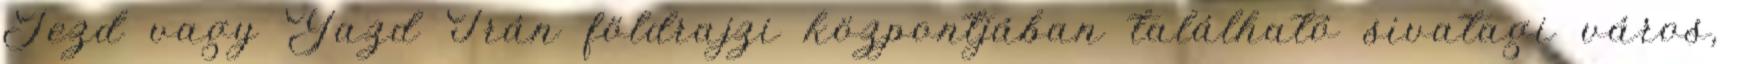
Jezd vagy Yazd Irán földrajzi központjában található sivatagi város,